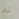
تم